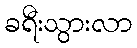
ခရီးသွားလာ